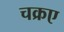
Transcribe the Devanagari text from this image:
चक्रए